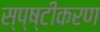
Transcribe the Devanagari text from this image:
स्प्ष्टीकरण